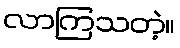
လာကြသတဲ့။